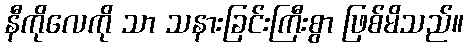
နီကိုလေကို သာ သနားခြင်းကြီးစွာ ဖြစ်မိသည်။